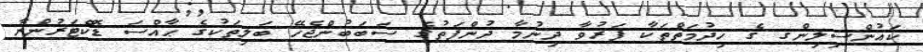
ކައުންސިލިންގ ގެ ޚިދުމަތްތަކާ ފަރުވާ ދިނުމާ ދުންފަތުގެ ސަބަބުންޖެހޭ ބަލިތަކުގެ ޙާއްސަ ޑޮކްޓަރުންނާ